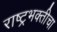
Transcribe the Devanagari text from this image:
राष्ट्रभक्तीचा